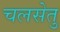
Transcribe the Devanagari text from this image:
चलसेतु